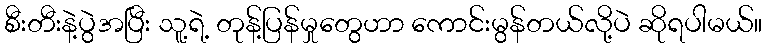
စီးတီးနဲ့ပွဲအပြီး သူ့ရဲ့ တုန့်ပြန်မှုတွေဟာ ကောင်းမွန်တယ်လို့ပဲ ဆိုရပါမယ်။